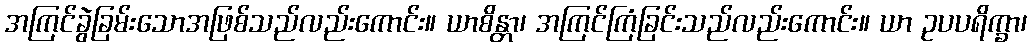
အကြင်ခွဲခြမ်းသောအဖြစ်သည်လည်းကောင်း။ ယာစိန္တာ၊ အကြင်ကြံခြင်းသည်လည်းကောင်း။ ယာ ဥပပရိက္ခာ၊